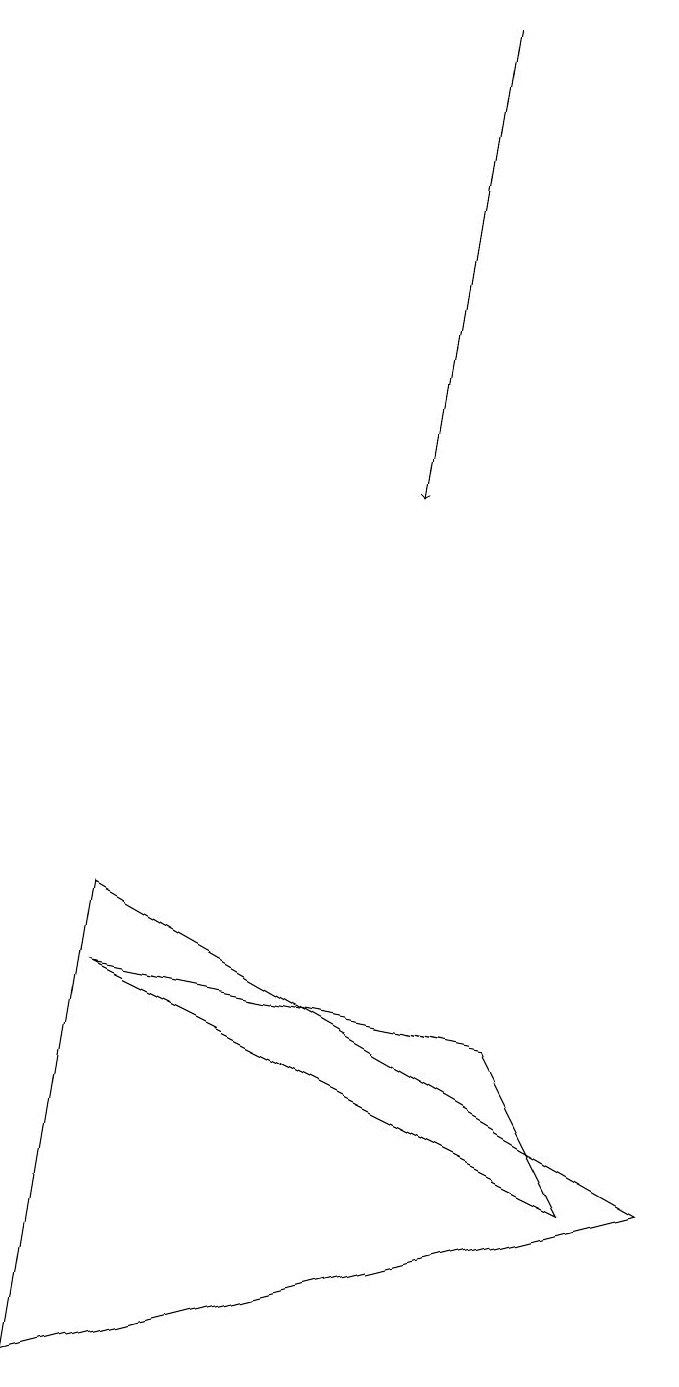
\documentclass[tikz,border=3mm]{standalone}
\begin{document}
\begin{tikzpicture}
\draw (2,7) -- (9,3) -- (1,1) -- cycle;
\draw[->] (7,18) -- (6,12);
\draw (8,3) -- (2,6) -- (7,5) -- cycle;
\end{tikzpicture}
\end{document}